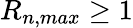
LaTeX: R_{n,max}\ge 1